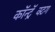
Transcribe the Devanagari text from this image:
कॉन्ट्रॅक्टिंग